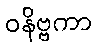
ဝနိဗ္ဗကာ